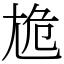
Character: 尯